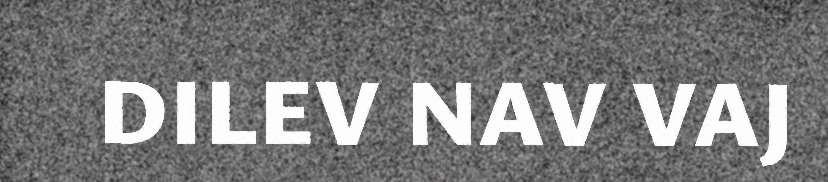
DILEV NAV VAJ